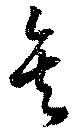
矣